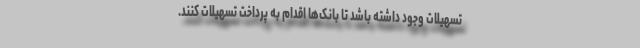
تسهیلات وجود داشته باشد تا بانک‌ها اقدام به پرداخت تسهیلات کنند.